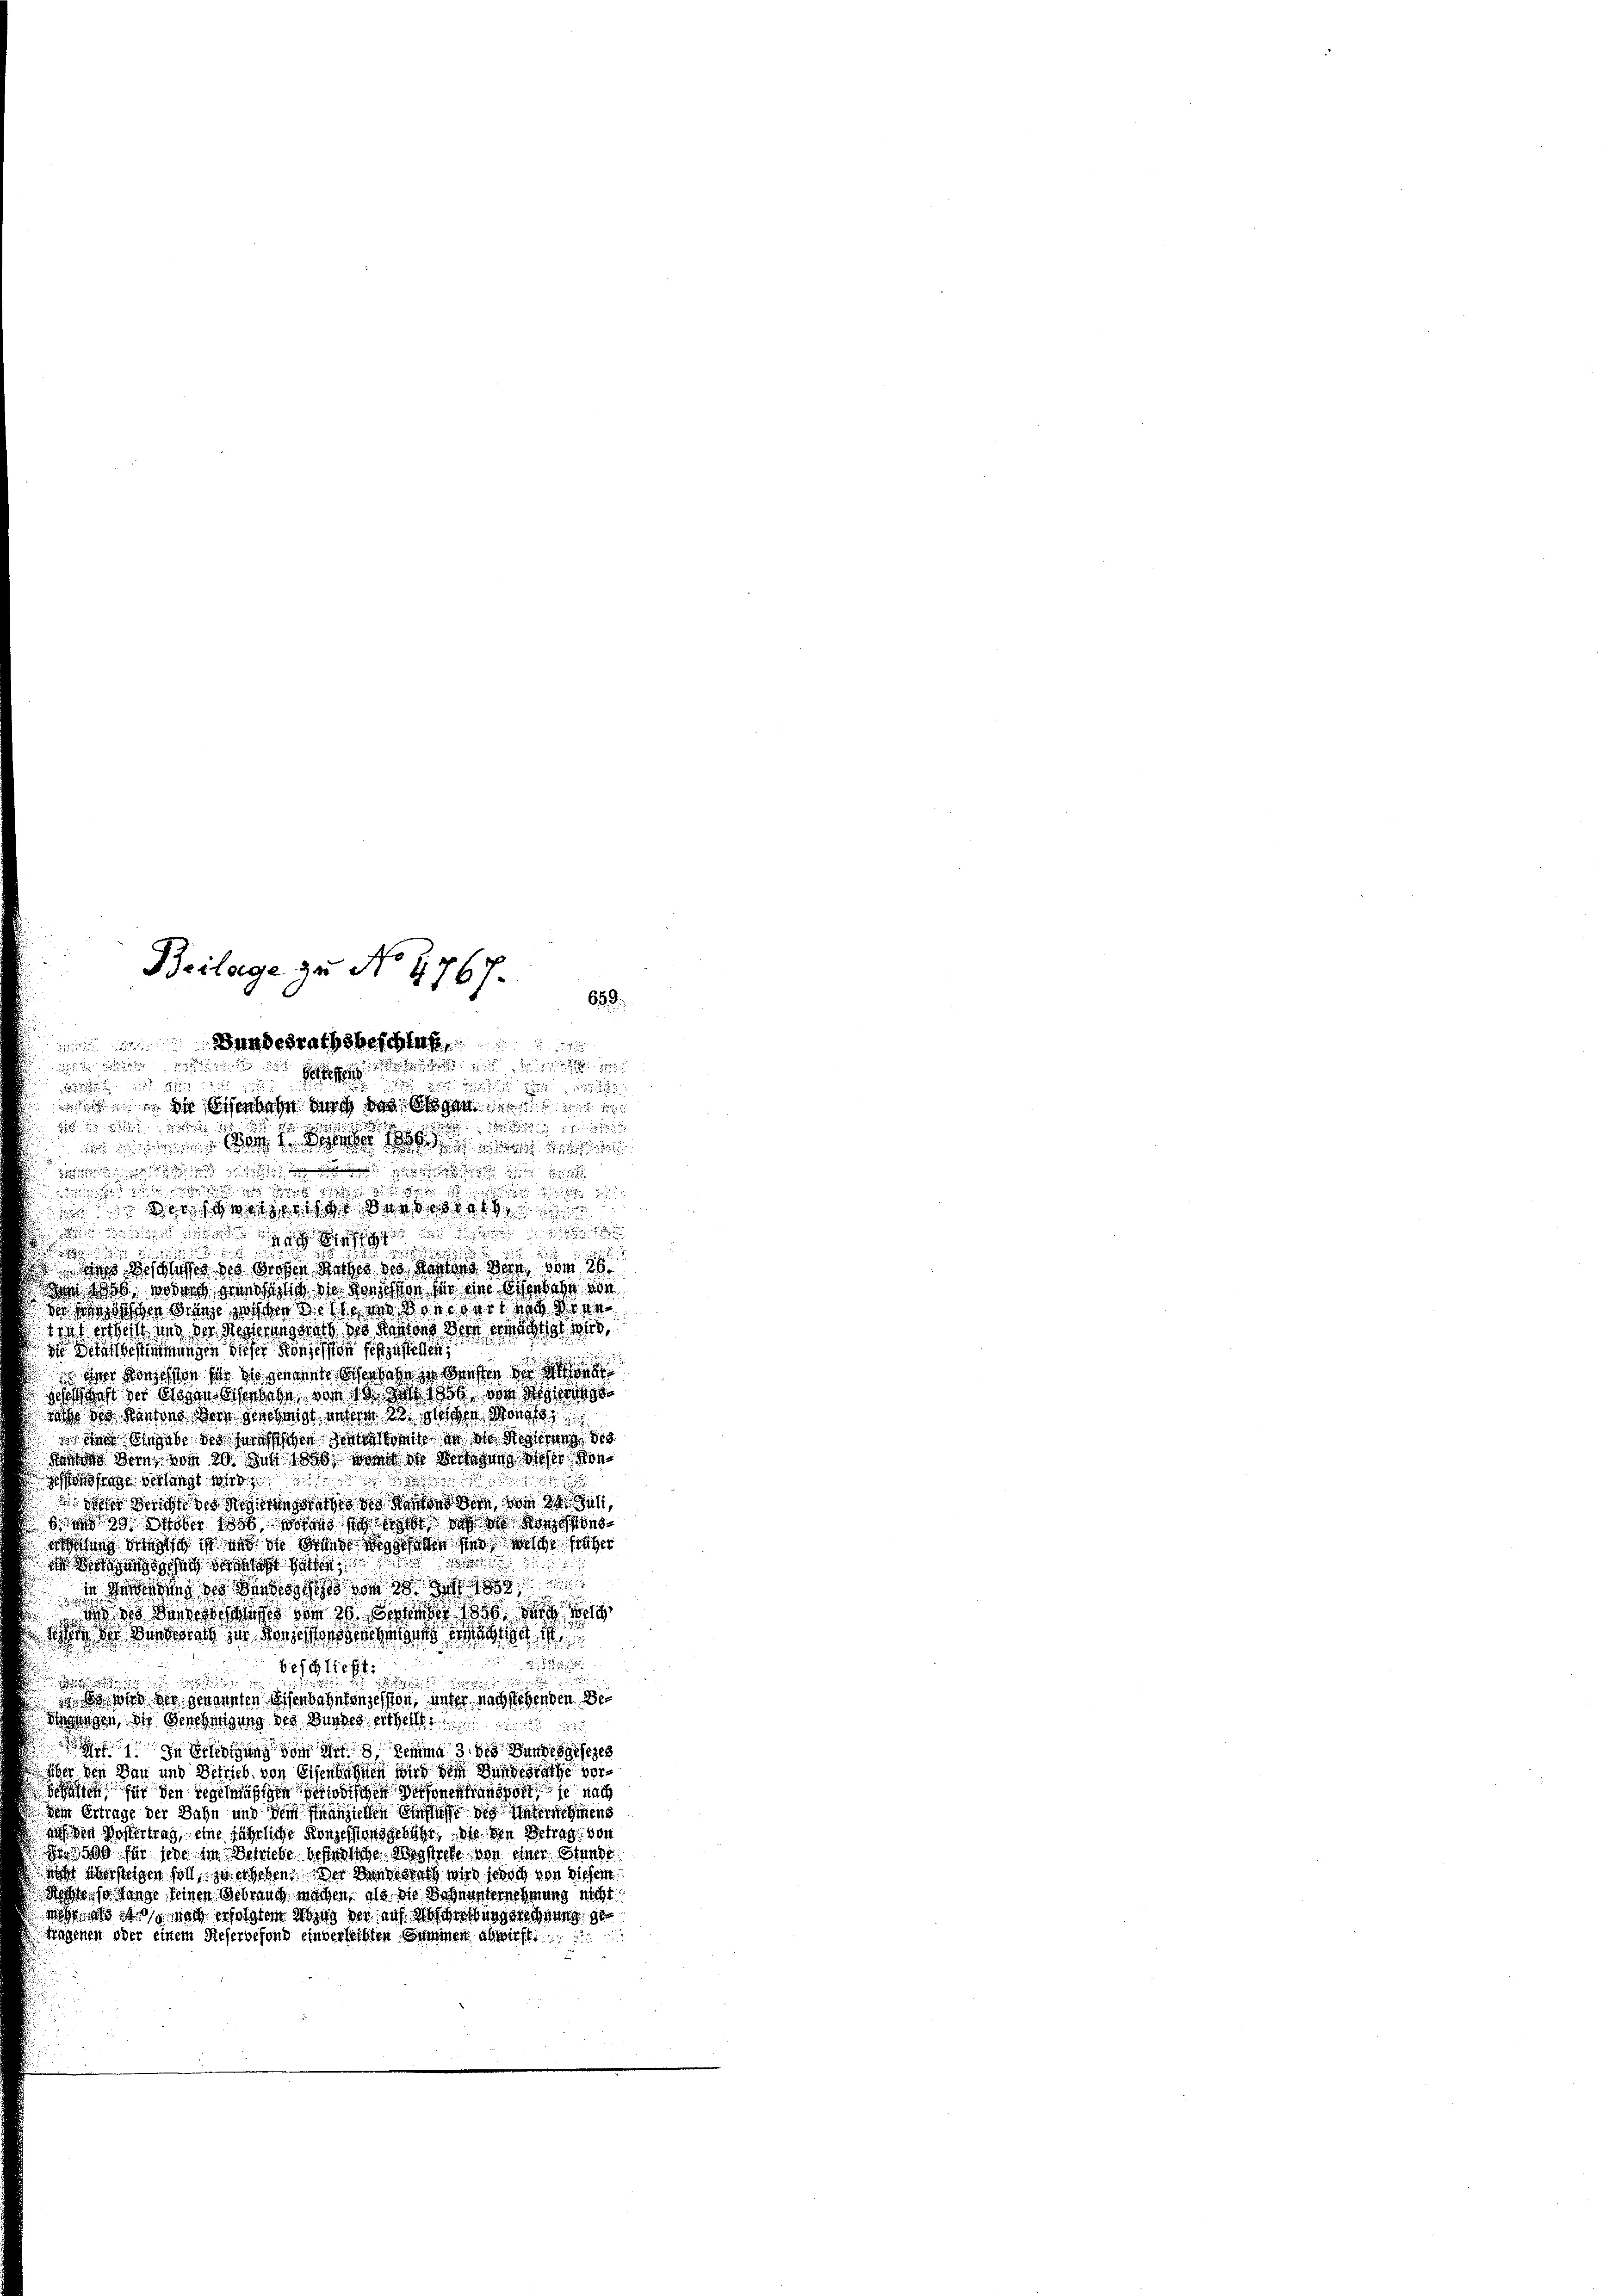
Beilage zu No 1767
659.
undesrathsbeschlaf
de

18

gen da disenhahn durch das Organe

 der wisse der bestel
  wird die sich sie de d

 des Beschlusses der Wochen Rathes des Kartens der vom 26
d Nohl, wo wird den sich die Vorschon für eine beerbahn von
 hin eine wegen u. er dos der nach die
tant ertheilt und der Regierungsrats so kantons der erwalts 145,
die Deten bestimmungen dieser Konzession festzustellen,
 der Konsch von sehe in seinen Osenbahn zu Gunsten de
schschaft der sagen dieselbe, von 10 Jahr 1906, dem Regierungs
nach die Kantone ders geschrist unterm 23. Michen Monat
 Eingabe des Herrschen seine weit in die Regierung 188
Kandes Bern, vom 20. Juni 1890 wenn ich verlegung dieser Kon¬

ossage verlangt wird
 d ist den von i
6 aus der soll das ich nicht auf d
ätung sich mich ist und in diese mag halten sind welche früher

 digungsgesuch hatten
in genierung des denseils vom
ges dass ich sage vom 20. September 1890 de
n die Bedeners in den Morschen

beschliest

 so wird der genannten Eisenbahntanzession, unter nachstehenden Bei
Singungen, die Genehmigung des Bundes ertheilt.
 zu schung der mit dem 3. des Bundesgesezes
 über den Bau und Betrieb von Eisenbahnen wird die Bundesrathe vor¬
Schaften für den regelmäßigen Periodischen Personen transport je nach
dem Ertrage der Bahn und dem anstellen Einflusse die Unternehmens
auf den Wostertrag eine jährliche Konzessionsgebüßt, die den Betrag von
er 500 für jede im Betriebe bereiche Wegstrete von einen Stande
sicht übersteigen soll, zu erheben. Der Bundesrath wird jedoch von dieser
Rechte, so lange seinen Gebrauch machen, als die Wohnunternehmung nicht
  so nach erfolgten Wind der auf abschreibungsrechnung ge
Hagenen oder einem Rieservefond einverleibten Sammen abwirft